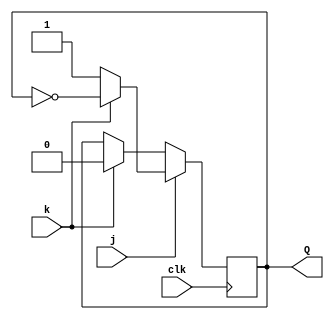
module top_module (
    input clk,
    input j,
    input k,
    output Q); 
    
    always @(posedge clk) begin
        if(!j) begin
            Q <= k ? j : Q;
        end
        else begin
            Q <= k ? ~Q : j;
        end
    end

endmodule